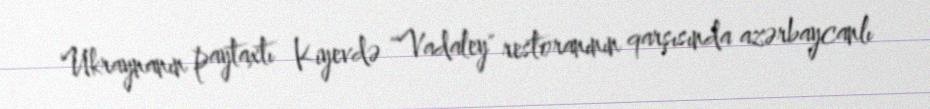
Ukraynanın paytaxtı Kiyevdə "Vadaley" restoranının qarşısında azərbaycanlı